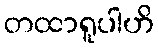
တထာရူပါဟိ